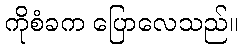
ကိုစံခက ပြောလေသည်။